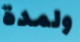
ولمدة